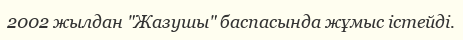
2002 жылдан "Жазушы" баспасында жұмыс істейді.